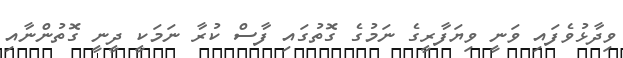
ވިދާޅުވެފައި ވަނީ ވިޔަފާރީގެ ނަމުގެ ގޮތުގައި ފާސް ކުރާ ނަމަކީ ދީނީ ގޮތުންނާއި